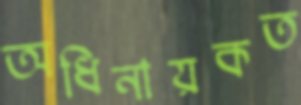
অধিনায়কত